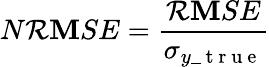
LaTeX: N\mathcal{R}\mathbf{M}SE=\frac{{\mathcal{R}\mathbf{M}SE}}{{\sigma_{y\_ \mathrm{{~t~r~u~e~}}}}}